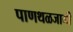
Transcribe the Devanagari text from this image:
पाणथळजागी